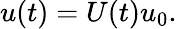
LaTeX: u(t)=U(t)u_{0}.